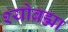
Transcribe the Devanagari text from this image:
श्योब्रह्मा